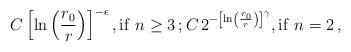
LaTeX: \begin{align*}C\left[ \ln \left( \frac{r_0}{r} \right)\right]^{-\epsilon}, \mathrm{if} \ n\geq3\,; C\, 2^{-\left[ \ln \left( \frac{r_0}{r} \right)\right] ^\gamma}, \mathrm{if} \ n=2\,,\end{align*}